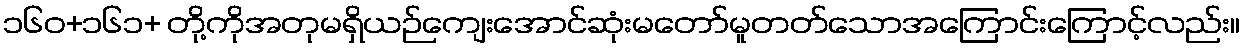
၁၆၀+၁၆၁+ တို့ကိုအတုမရှိယဉ်ကျေးအောင်ဆုံးမတော်မူတတ်သောအကြောင်းကြောင့်လည်း။